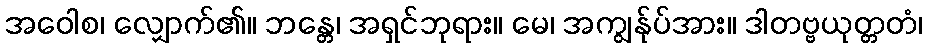
အဝေါစ၊ လျှောက်၏။ ဘန္တေ၊ အရှင်ဘုရား။ မေ၊ အကျွန်ုပ်အား။ ဒါတဗ္ဗယုတ္တတံ၊